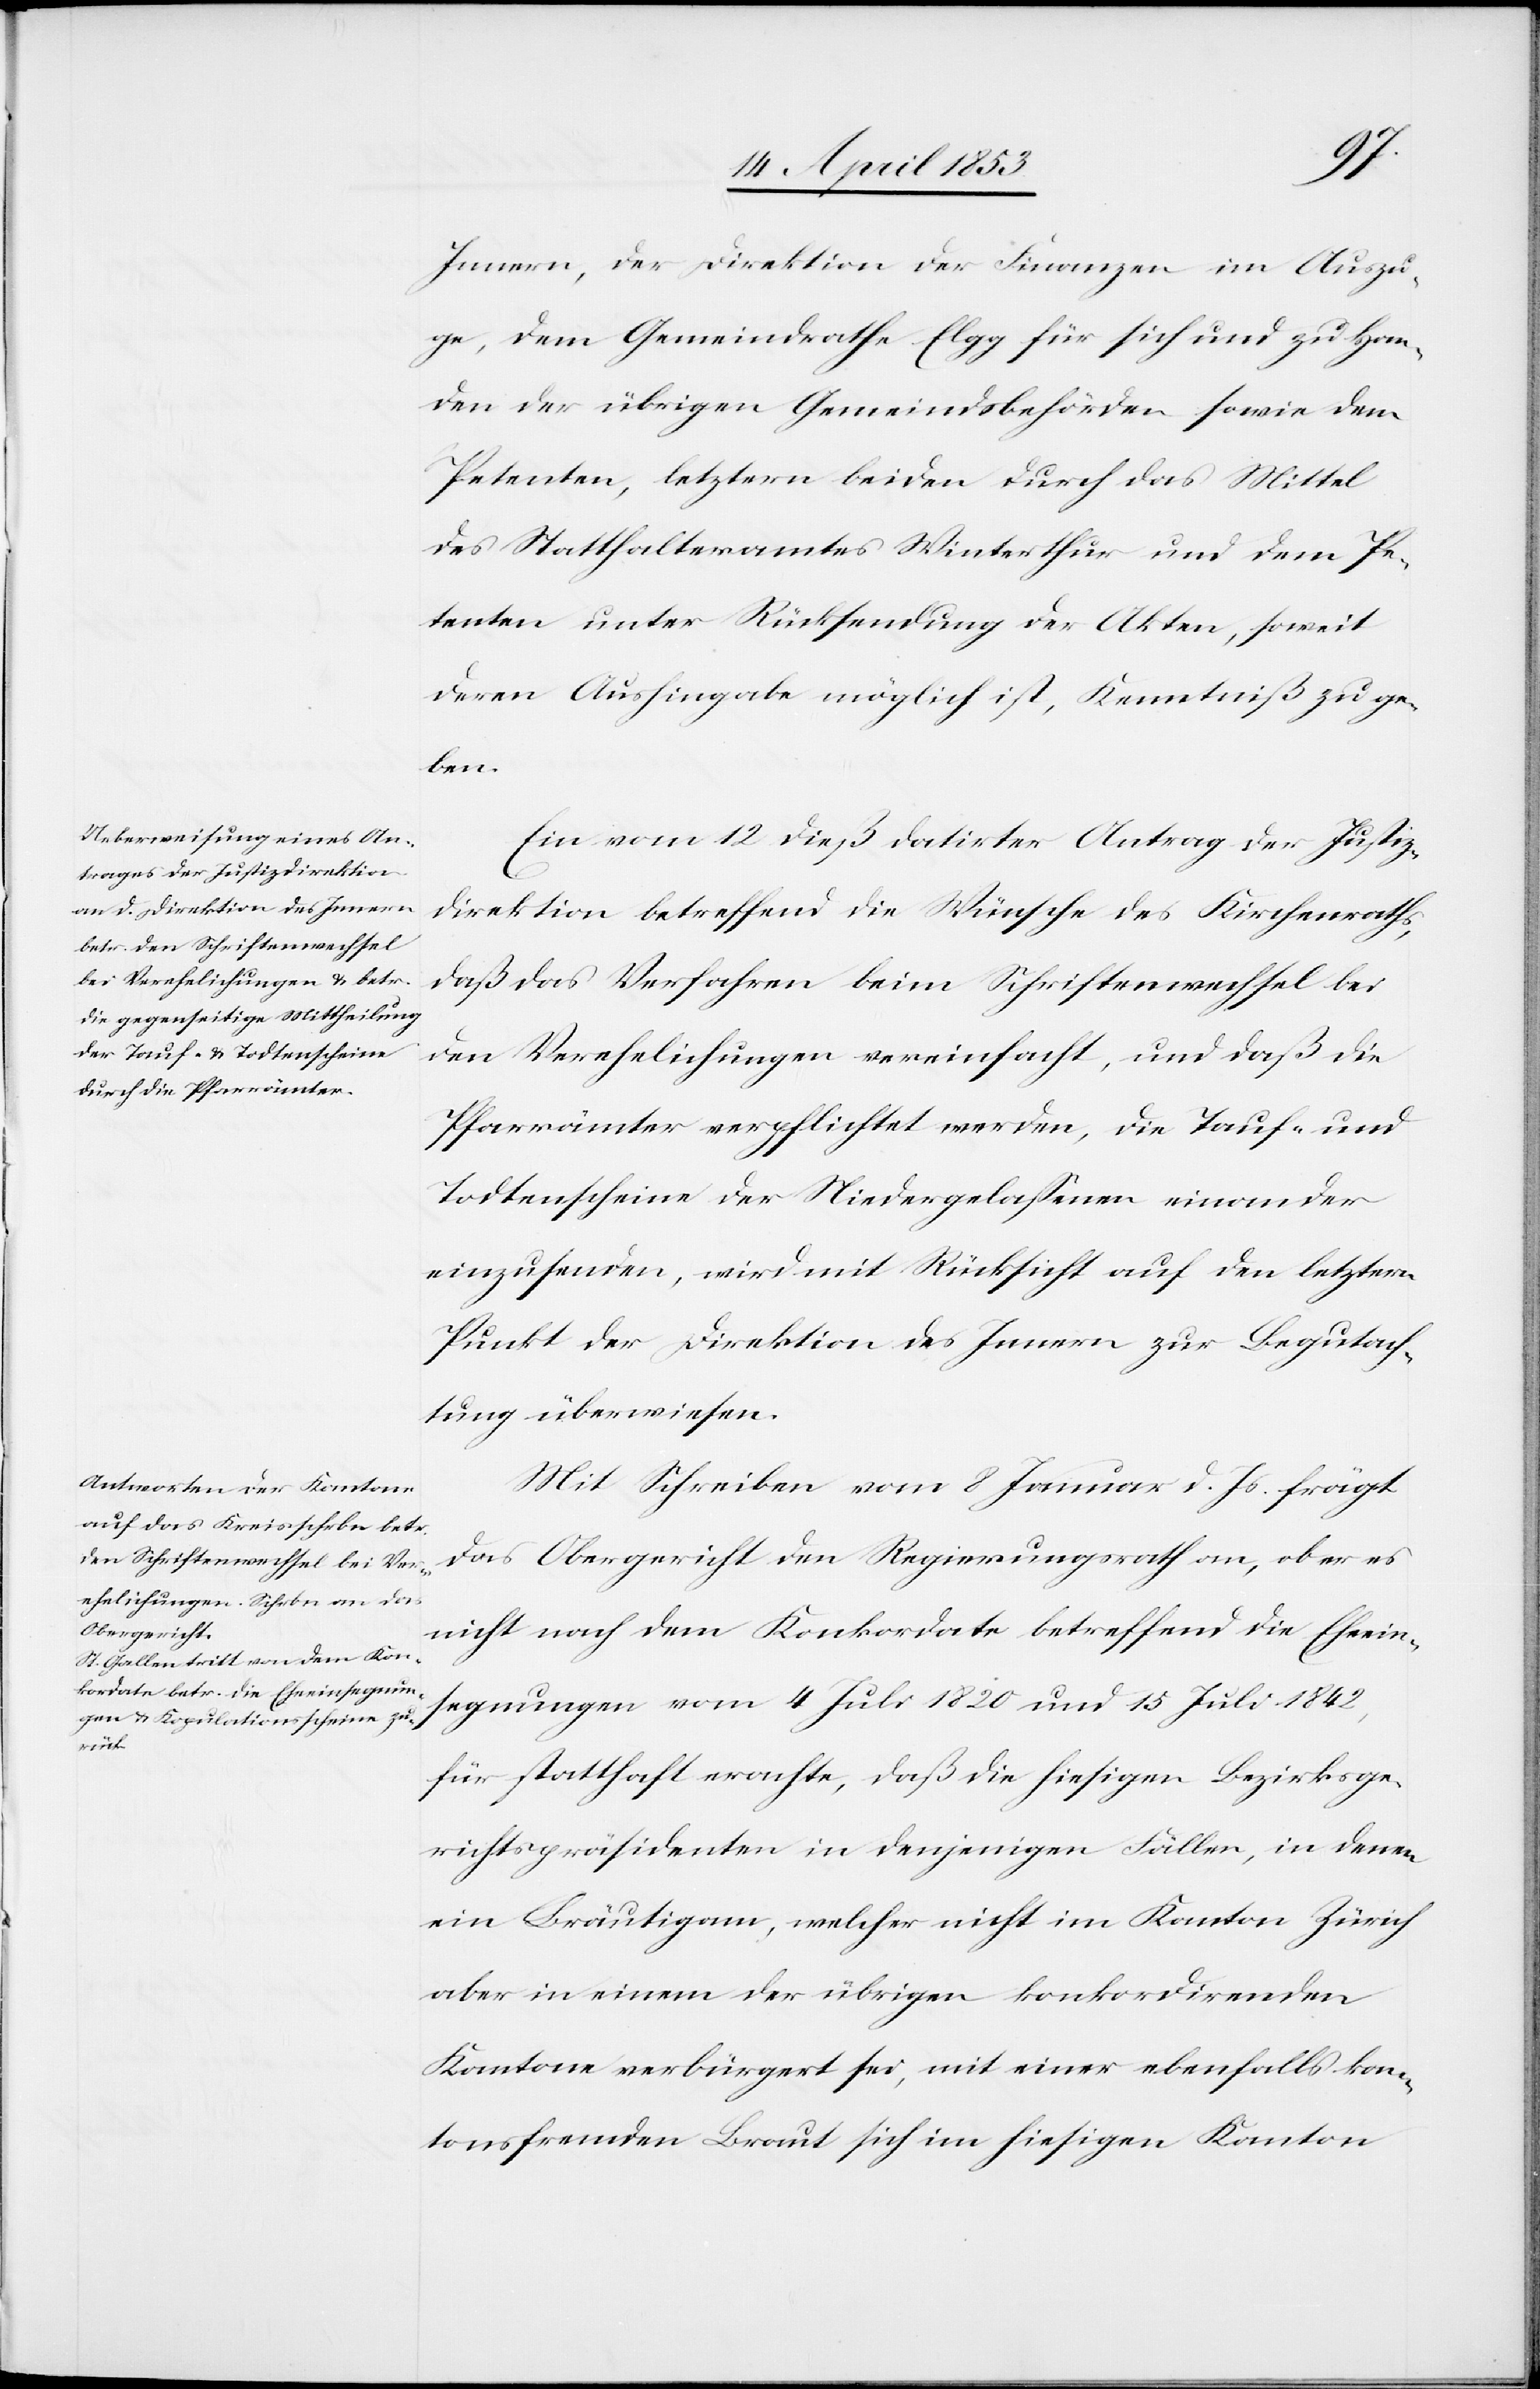
Innern, der Direktion der Finanzen im Auszu¬
ge, dem Gemeindrathe Elgg für sich und zu Han¬
den der übrigen Gemeindsbehörden sowie dem
Petenten, letztern beiden durch das Mittel
des Statthalteramtes Winterthur und dem Pe¬
tenten unter Rücksendung der Akten, soweit
deren Aushingabe möglich ist, Kenntniß zu ge¬
ben.
Ein vom 12 dieß datirter Antrag der Justiz¬
direktion betreffend die Wünsche des Kirchenraths,
daß das Verfahren beim Schriftenwechsel bei
den Verehelichungen vereinfacht, und daß die
Pfarrämter verpflichtet werden, die Tauf- und
Todtenscheine der Niedergelaßenen einander
einzusenden, wird mit Rücksicht auf den letztern
Punkt der Direktion des Innern zur Begutach¬
tung überwiesen.
Mit Schreiben vom 8 Januar d. Js. frägt
das Obergericht den Regierungsrath an, ob er es
nicht nach dem Konkordate betreffend die Eheein¬
segnungen vom 4 Juli 1820 und 15 Juli 1842,
für statthaft erachte, daß die hiesigen Bezirksge¬
richtpräsidenten in denjenigen Fällen, in denen
ein Bräutigam, welcher nicht im Kanton Zürich
aber in einem der übrigen konkordirenden
Kantone verbürgert sei, mit einer ebenfalls kan¬
tonsfremden Braut sich im hiesigen Kanton